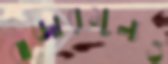
বাজারমূল্যও